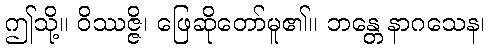
ဤသို့။ ဝိဿဇ္ဇိ၊ ဖြေဆိုတော်မူ၏။ ဘန္တေ နာဂသေန၊